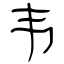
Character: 韦